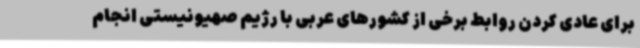
برای عادی کردن روابط برخی از کشورهای عربی با رژیم صهیونیستی انجام